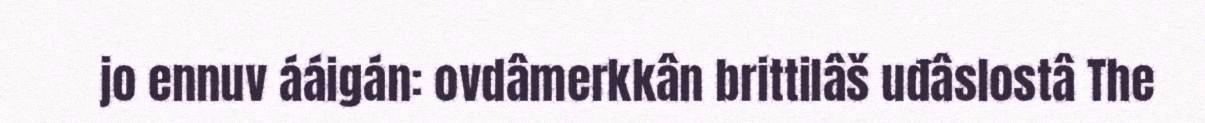
jo ennuv ááigán: ovdâmerkkân brittilâš uđâslostâ The